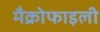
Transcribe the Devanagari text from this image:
मैक्रोफाइली